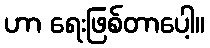
ဟာ ရေးဖြစ်တာပေါ့။